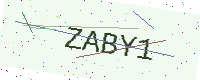
Text: ZABY1